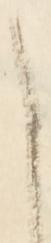
と